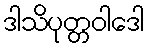
ဒါသိပုတ္တဝါဒေါ